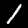
Digit: 1